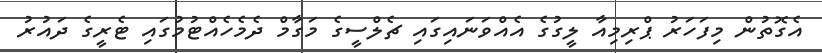
އެގޮތުން މިފަހަރު ޕްރިމިއާ ލީގުގެ އެއްވަނައިގައި ޗެލްސީގެ މަގާމް ދެމެހެއްޓުމުގައި ޓެރީގެ ދައުރު